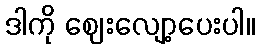
ဒါကို ဈေးလျော့ပေးပါ။